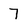
Character: 7